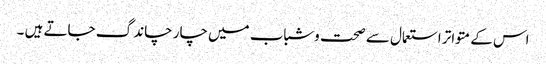
اس کے متواتر استعمال سے صحت وشباب میں چار چاند گ جاتے ہیں ۔